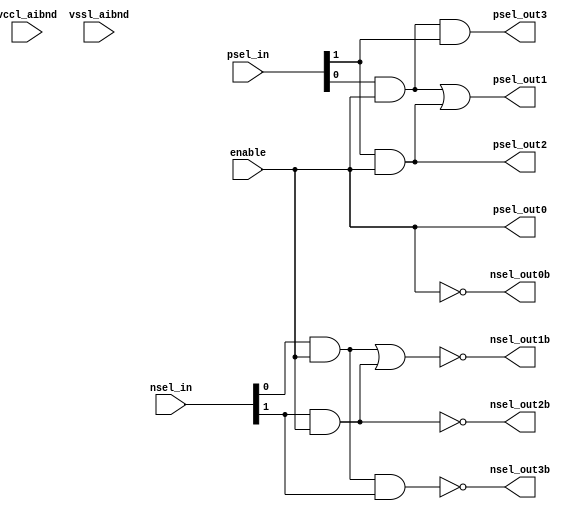
// This program was cloned from: https://github.com/chipsalliance/aib-phy-hardware
// License: Apache License 2.0

// SPDX-License-Identifier: Apache-2.0
// Copyright (C) 2019 Intel Corporation. 
// Library - aibnd_lib, Cell - aibnd_2to4dec, View - schematic
// LAST TIME SAVED: Dec 11 15:13:26 2014
// NETLIST TIME: Dec 17 10:24:02 2014

module aibnd_2to4dec ( nsel_out0b, nsel_out1b, nsel_out2b, nsel_out3b,
     psel_out0, psel_out1, psel_out2, psel_out3, enable, nsel_in,
     psel_in, vccl_aibnd, vssl_aibnd );

output  nsel_out0b, nsel_out1b, nsel_out2b, nsel_out3b, psel_out0,
     psel_out1, psel_out2, psel_out3;

input  enable, vccl_aibnd, vssl_aibnd;

input [1:0]  psel_in;
input [1:0]  nsel_in;

wire psel_out1, psel0_en, psel_out2, nsel0_en, enable, psel_out3, nsel1_en, nsel_out2b, nsel_out1b, nsel_out3b, psel_out0, nsel_out0b; // Conversion Sript Generated



assign psel_out1 = psel0_en | psel_out2;
assign nsel0_en = nsel_in[0] & enable;
assign psel_out2 = psel_in[1] & enable;
assign psel0_en = psel_in[0] & enable;
assign psel_out3 = enable & psel_in[0] & psel_in[1];
assign nsel1_en = !nsel_out2b;
assign nsel_out2b = !(nsel_in[1] & enable);
assign nsel_out1b = !(nsel0_en | nsel1_en);
assign nsel_out3b = !(enable & nsel_in[0] & nsel_in[1]);
assign psel_out0 = !nsel_out0b;
assign nsel_out0b = !enable;

endmodule